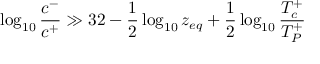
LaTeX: \log _ { 1 0 } { \frac { c ^ { - } } { c ^ { + } } } \gg 3 2 - { \frac { 1 } { 2 } } \log _ { 1 0 } z _ { e q } + { \frac { 1 } { 2 } } \log _ { 1 0 } { \frac { T _ { c } ^ { + } } { T _ { P } ^ { + } } }